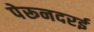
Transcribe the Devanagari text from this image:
पेरूनदरई